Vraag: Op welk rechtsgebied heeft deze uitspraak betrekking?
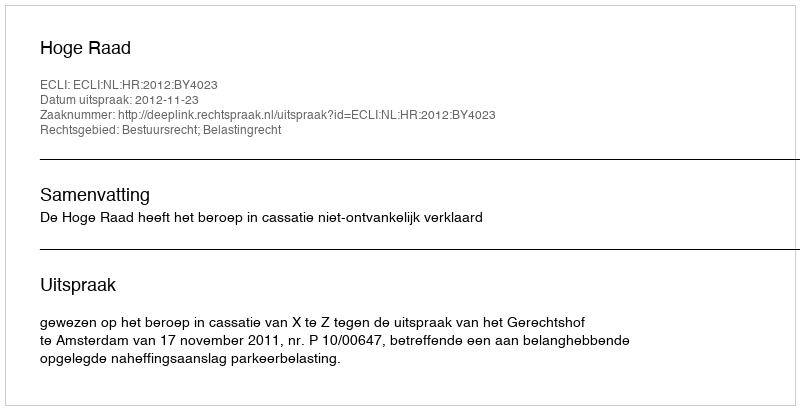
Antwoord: Bestuursrecht; Belastingrecht